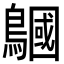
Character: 𪅦